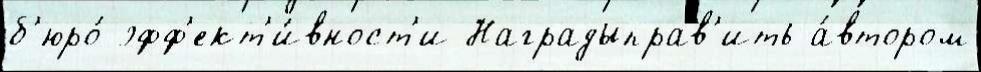
б'юро́ эфф'ект'и́вност'и Наградыправ'ить а́втором